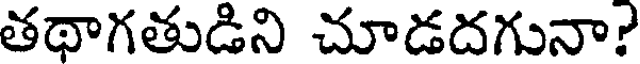
తథాగతుడిని చూడదగునా?